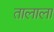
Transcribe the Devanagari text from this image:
तालाला